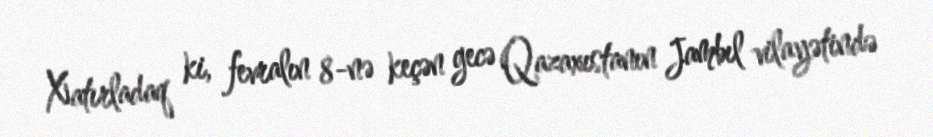
Xatırladaq ki, fevralın 8-nə keçən gecə Qazaxıstanın Jambıl vilayətində